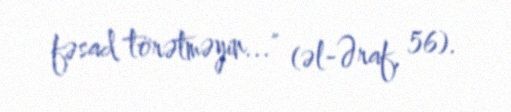
fəsad törətməyin..." (əl-Əraf, 56).